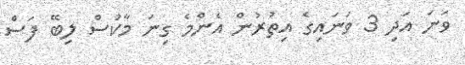
ވަނަ އަދި 3 ވަނައިގެ އިތުރުން އެންމެ ގިނަ މާކުސް ލިބޭ ފަސް